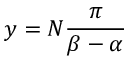
{ y = N { \frac { \pi } { \beta - \alpha } } }